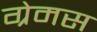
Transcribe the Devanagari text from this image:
ग्रेमस